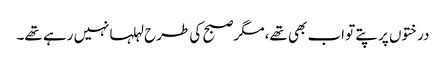
درختوں پر پتے تو اب بھی تھے،مگر صبح کی طرح لہلہانہیں رہے تھے۔